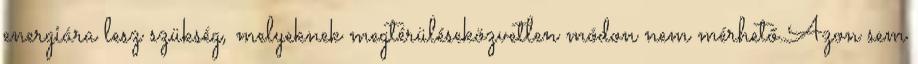
energiára lesz szükség, melyeknek megtérüléseközvetlen módon nem mérhető.Azon sem